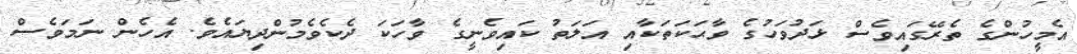
އެމީހުންގެ ތެރޭގައިވެސް ޅަދުވަހުގެ ވާޙަކަތަކާއި އަލަތު ކައިވެނީގެ ވާހަކަ ދެކެވެމުންދިޔައެވެ. އެހެން ނަމަވެސް